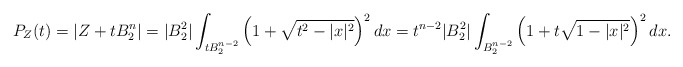
\begin{align*}P_Z(t)=|Z+tB_2^n|= |B_2^2|\int_{tB_2^{n-2}}\left(1+\sqrt{t^2-|x|^2}\right)^{2}dx=t^{n-2} |B_2^{2}|\int_{B_2^{n-2}}\left(1+t\sqrt{1-|x|^2}\right)^{2}dx.\end{align*}